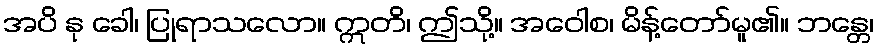
အပိ နု ခေါ၊ ပြုရာသလော။ ဣတိ၊ ဤသို့။ အဝေါစ၊ မိန့်တော်မူ၏။ ဘန္တေ၊